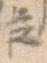
臣